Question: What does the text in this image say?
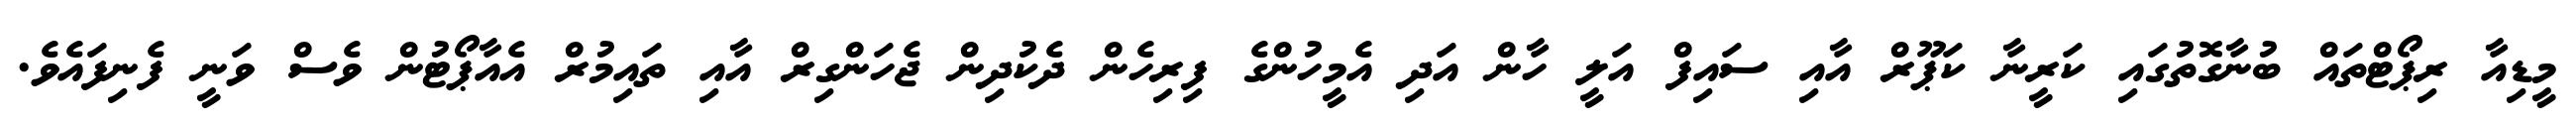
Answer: މީޑިއާ ރިޕޯޓްތައް ބުނާގޮތުގައި ކަރީނާ ކަޕޫރް އާއި ސައިފް އަލީ ހާން އަދި އެމީހުންގެ ފިރިހެން ދެކުދިން ޖެހަންގިރް އާއި ތައިމުރް އެއާޕޯޓުން ވެސް ވަނީ ފެނިފައެވެ.